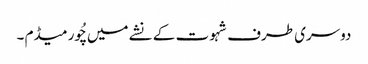
دوسری طرف شہوت کے نشے میں چُور میڈم ۔